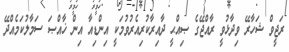
ރަޖީވް ޝަހާރޭ ވިދާޅުވީ ރާއްޖޭގެ ޞިއްޙީ ދާއިރާކުރިއެރުވުމަކީ އިންޑިއާ އިން ޚާއްޞަ ސަމާލުކަމެއްދޭ